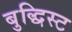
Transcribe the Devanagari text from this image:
बुद्धिस्ट